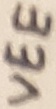
Text: VEE